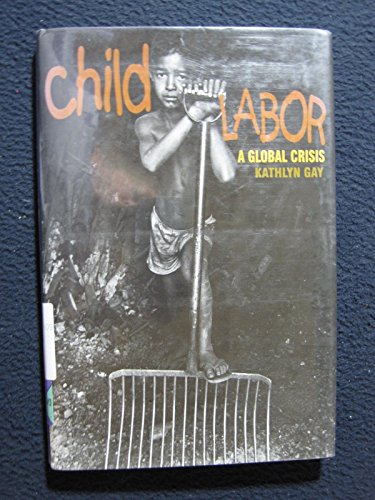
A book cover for Child Labor;A Global Crisis; Kathlyn Gay; Teen & Young Adult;